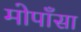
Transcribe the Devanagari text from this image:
मोपाँसा